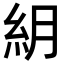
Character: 𥾶